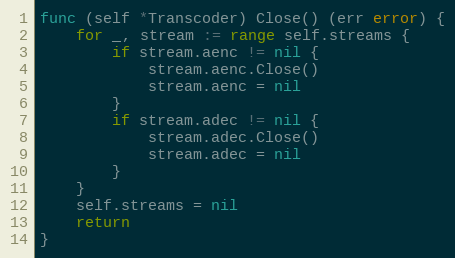
Language: Go
func (self *Transcoder) Close() (err error) {
	for _, stream := range self.streams {
		if stream.aenc != nil {
			stream.aenc.Close()
			stream.aenc = nil
		}
		if stream.adec != nil {
			stream.adec.Close()
			stream.adec = nil
		}
	}
	self.streams = nil
	return
}